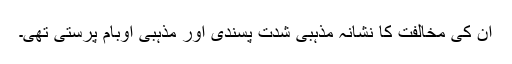
ان کی مخالفت کا نشانہ مذہبی شدت پسندی اور مذہبی اوبام پرستی تھی۔